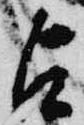
占